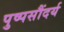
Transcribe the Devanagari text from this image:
पुष्पसौंदर्य